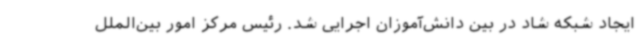
ایجاد شبکه شاد در بین دانش‌آموزان اجرایی شد. رئیس مرکز امور بین‌الملل